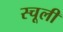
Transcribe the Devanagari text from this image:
स्चूली